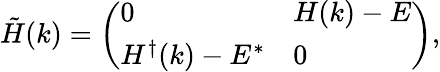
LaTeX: \begin{array}{r}{\tilde{H}(k)=\left(\begin{array}{ll}{0}&{H(k)-E}\\ {H^{\dagger}(k)-E^{*}}&{0}\end{array}\right),}\end{array}